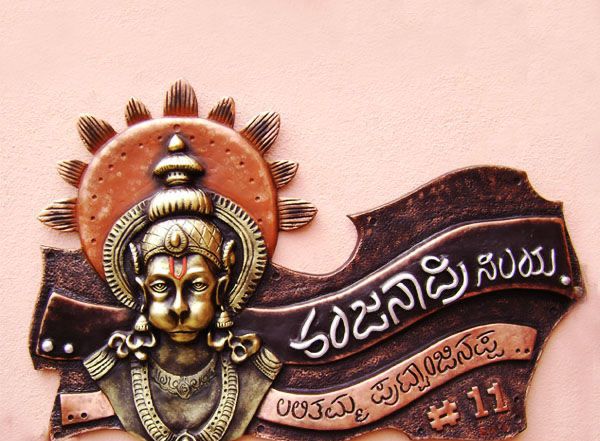
Language: kannada
Transcription: ಅಂಜನಾದ್ರಿ ನಿಲಯ ಲಲಿತಮ್ಮ